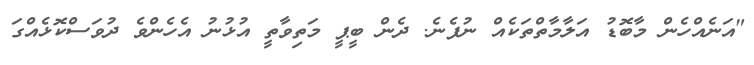
"އަނެއްހެން މާބޮޑު އަލާމާތްތަކެއް ނުފެނެ. ދެން ބީޕީ މަތިވާތީ އުޅުނު އެހެންވެ ދުވަސްކޮޅެއްގަ